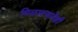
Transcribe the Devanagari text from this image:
मिळाल्यानेही